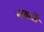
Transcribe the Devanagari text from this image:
खडाऊँ